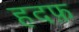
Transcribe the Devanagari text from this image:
हदफ़